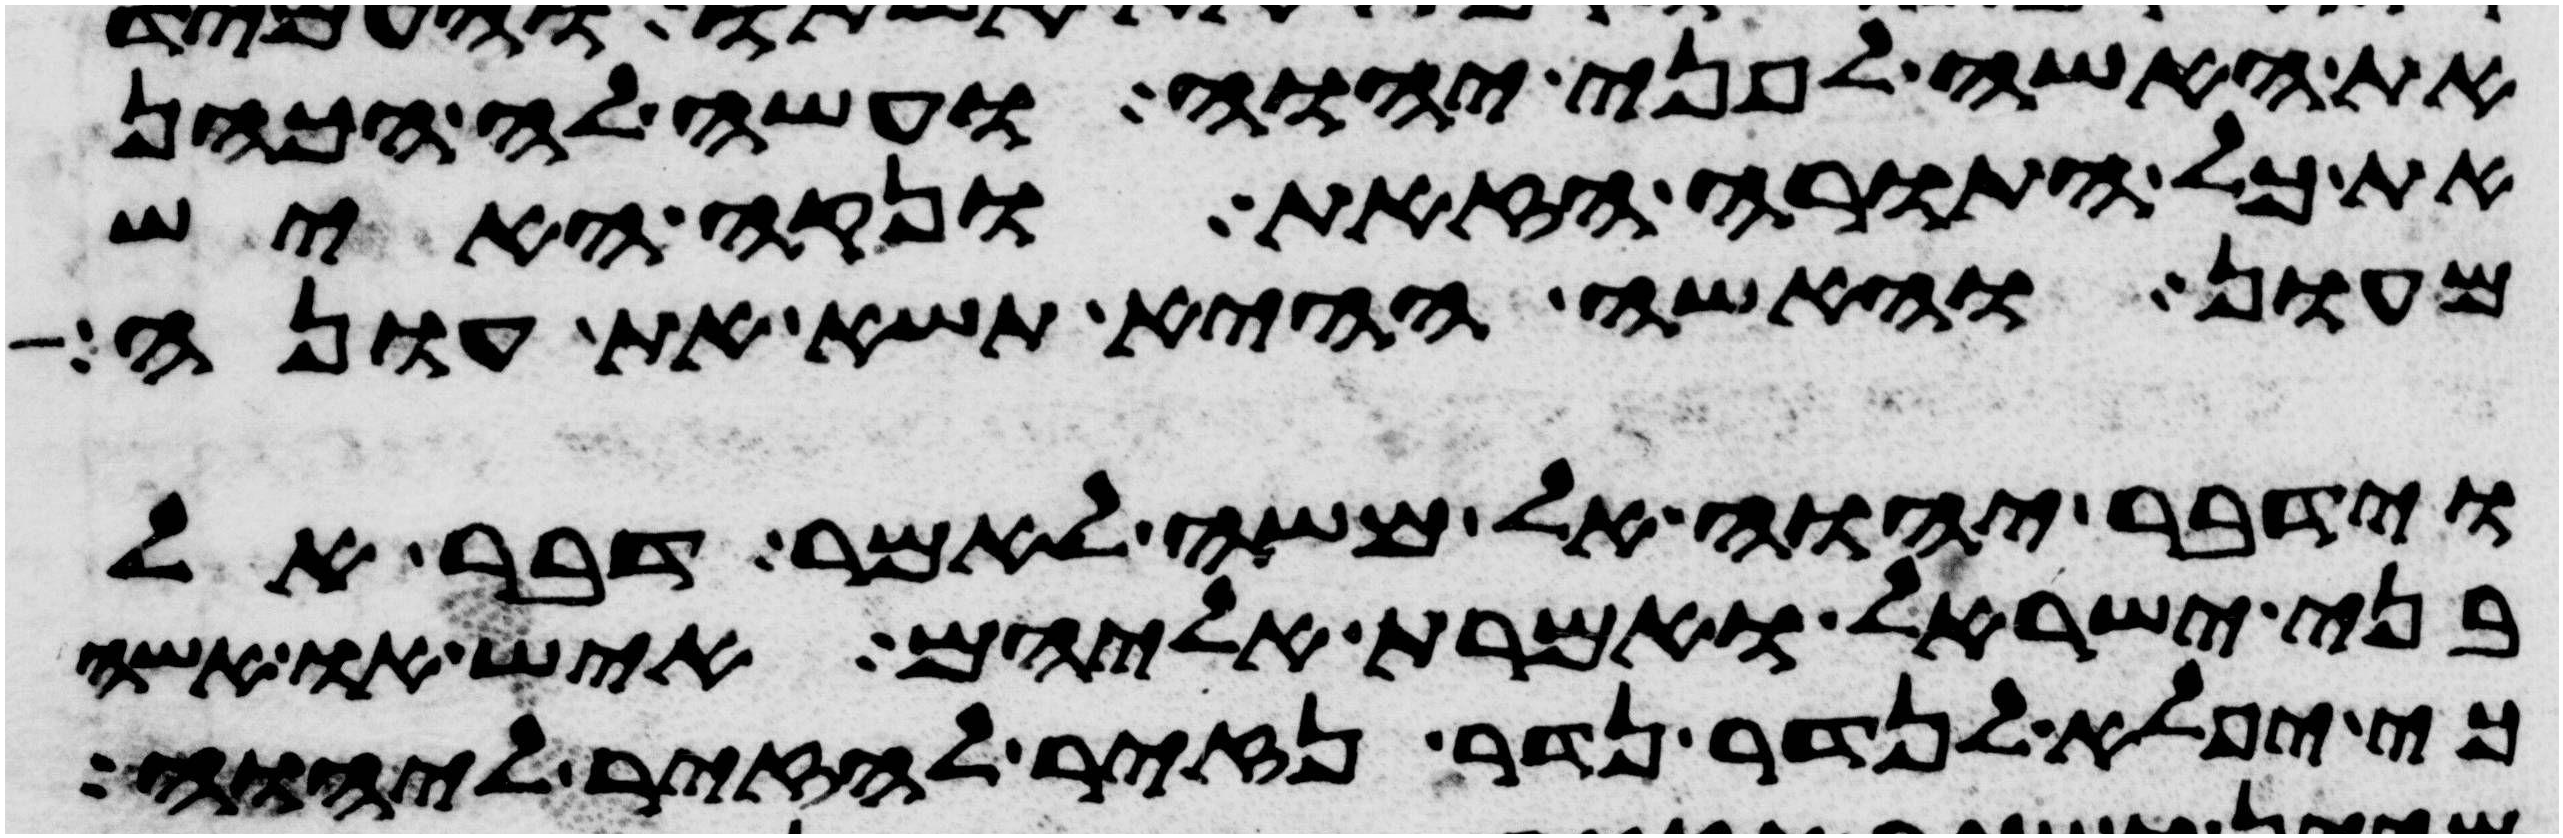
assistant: את האשה לפני יהוה ועשה לה הכהן
את כל התורה הזאת ונקה האיש
מעון והאשה ההיא תשא את עונה
וידבר יהוה אל משה לאמר דבר אל
בני ישראל ואמרת אליהם איש או אשה
כי יפלא לנדר נדר נזיר להזיר ליהוה